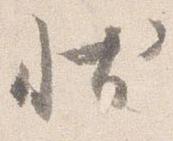
状